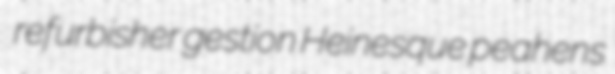
refurbisher gestion Heinesque peahens